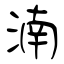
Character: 湳